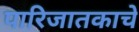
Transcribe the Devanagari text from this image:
पारिजातकाचे